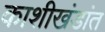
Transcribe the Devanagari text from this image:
काशीखंडांत